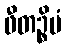
ဖီတဉ္စိမံ